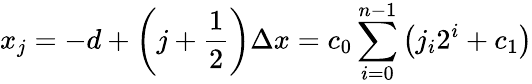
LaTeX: x_{j}=-d+\left(j+\frac{1}{2}\right)\Delta x=c_{0}\sum_{i=0}^{n-1}\left(j_{i}2^{i}+c_{1}\right)